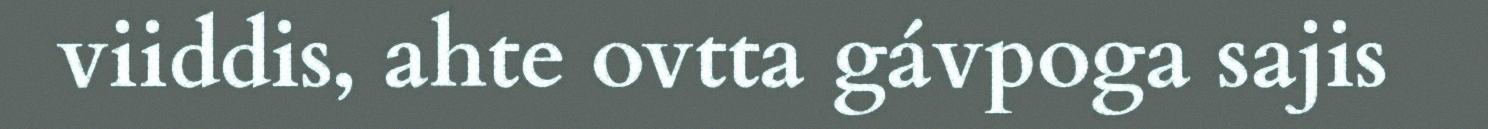
viiddis, ahte ovtta gávpoga sajis